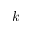
{ \boldsymbol k }